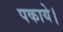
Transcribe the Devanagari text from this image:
पकाये।